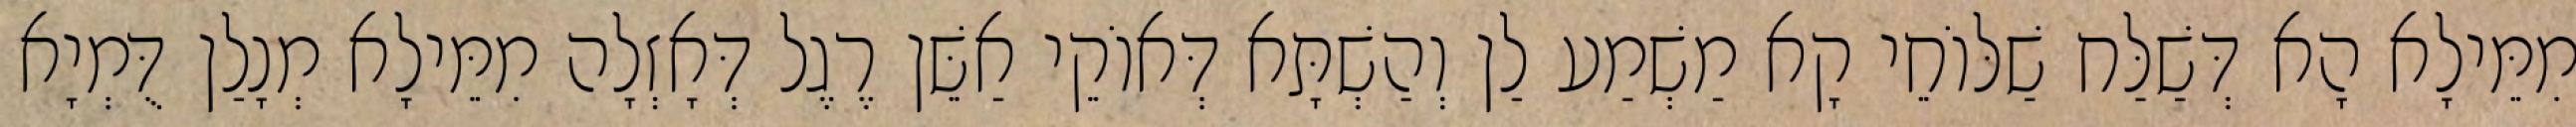
מִמֵּילָא הָא דְּשַׁלַּח שַׁלּוֹחֵי קָא מַשְׁמַע לַן וְהַשְׁתָּא דְּאוֹקֵי אַשֵּׁן רֶגֶל דְּאָזְלָה מִמֵּילָא מְנָלַן דֻּמְיָא